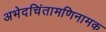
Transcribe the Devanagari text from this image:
अभेदचिंतामणिनामक